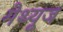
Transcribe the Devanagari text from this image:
मेथ्यूज